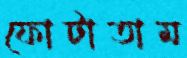
ফোটাতাম